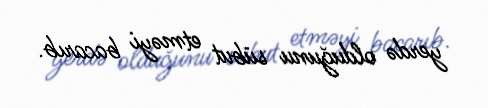
yerdə olduğunu sübut etməyi bacarıb.